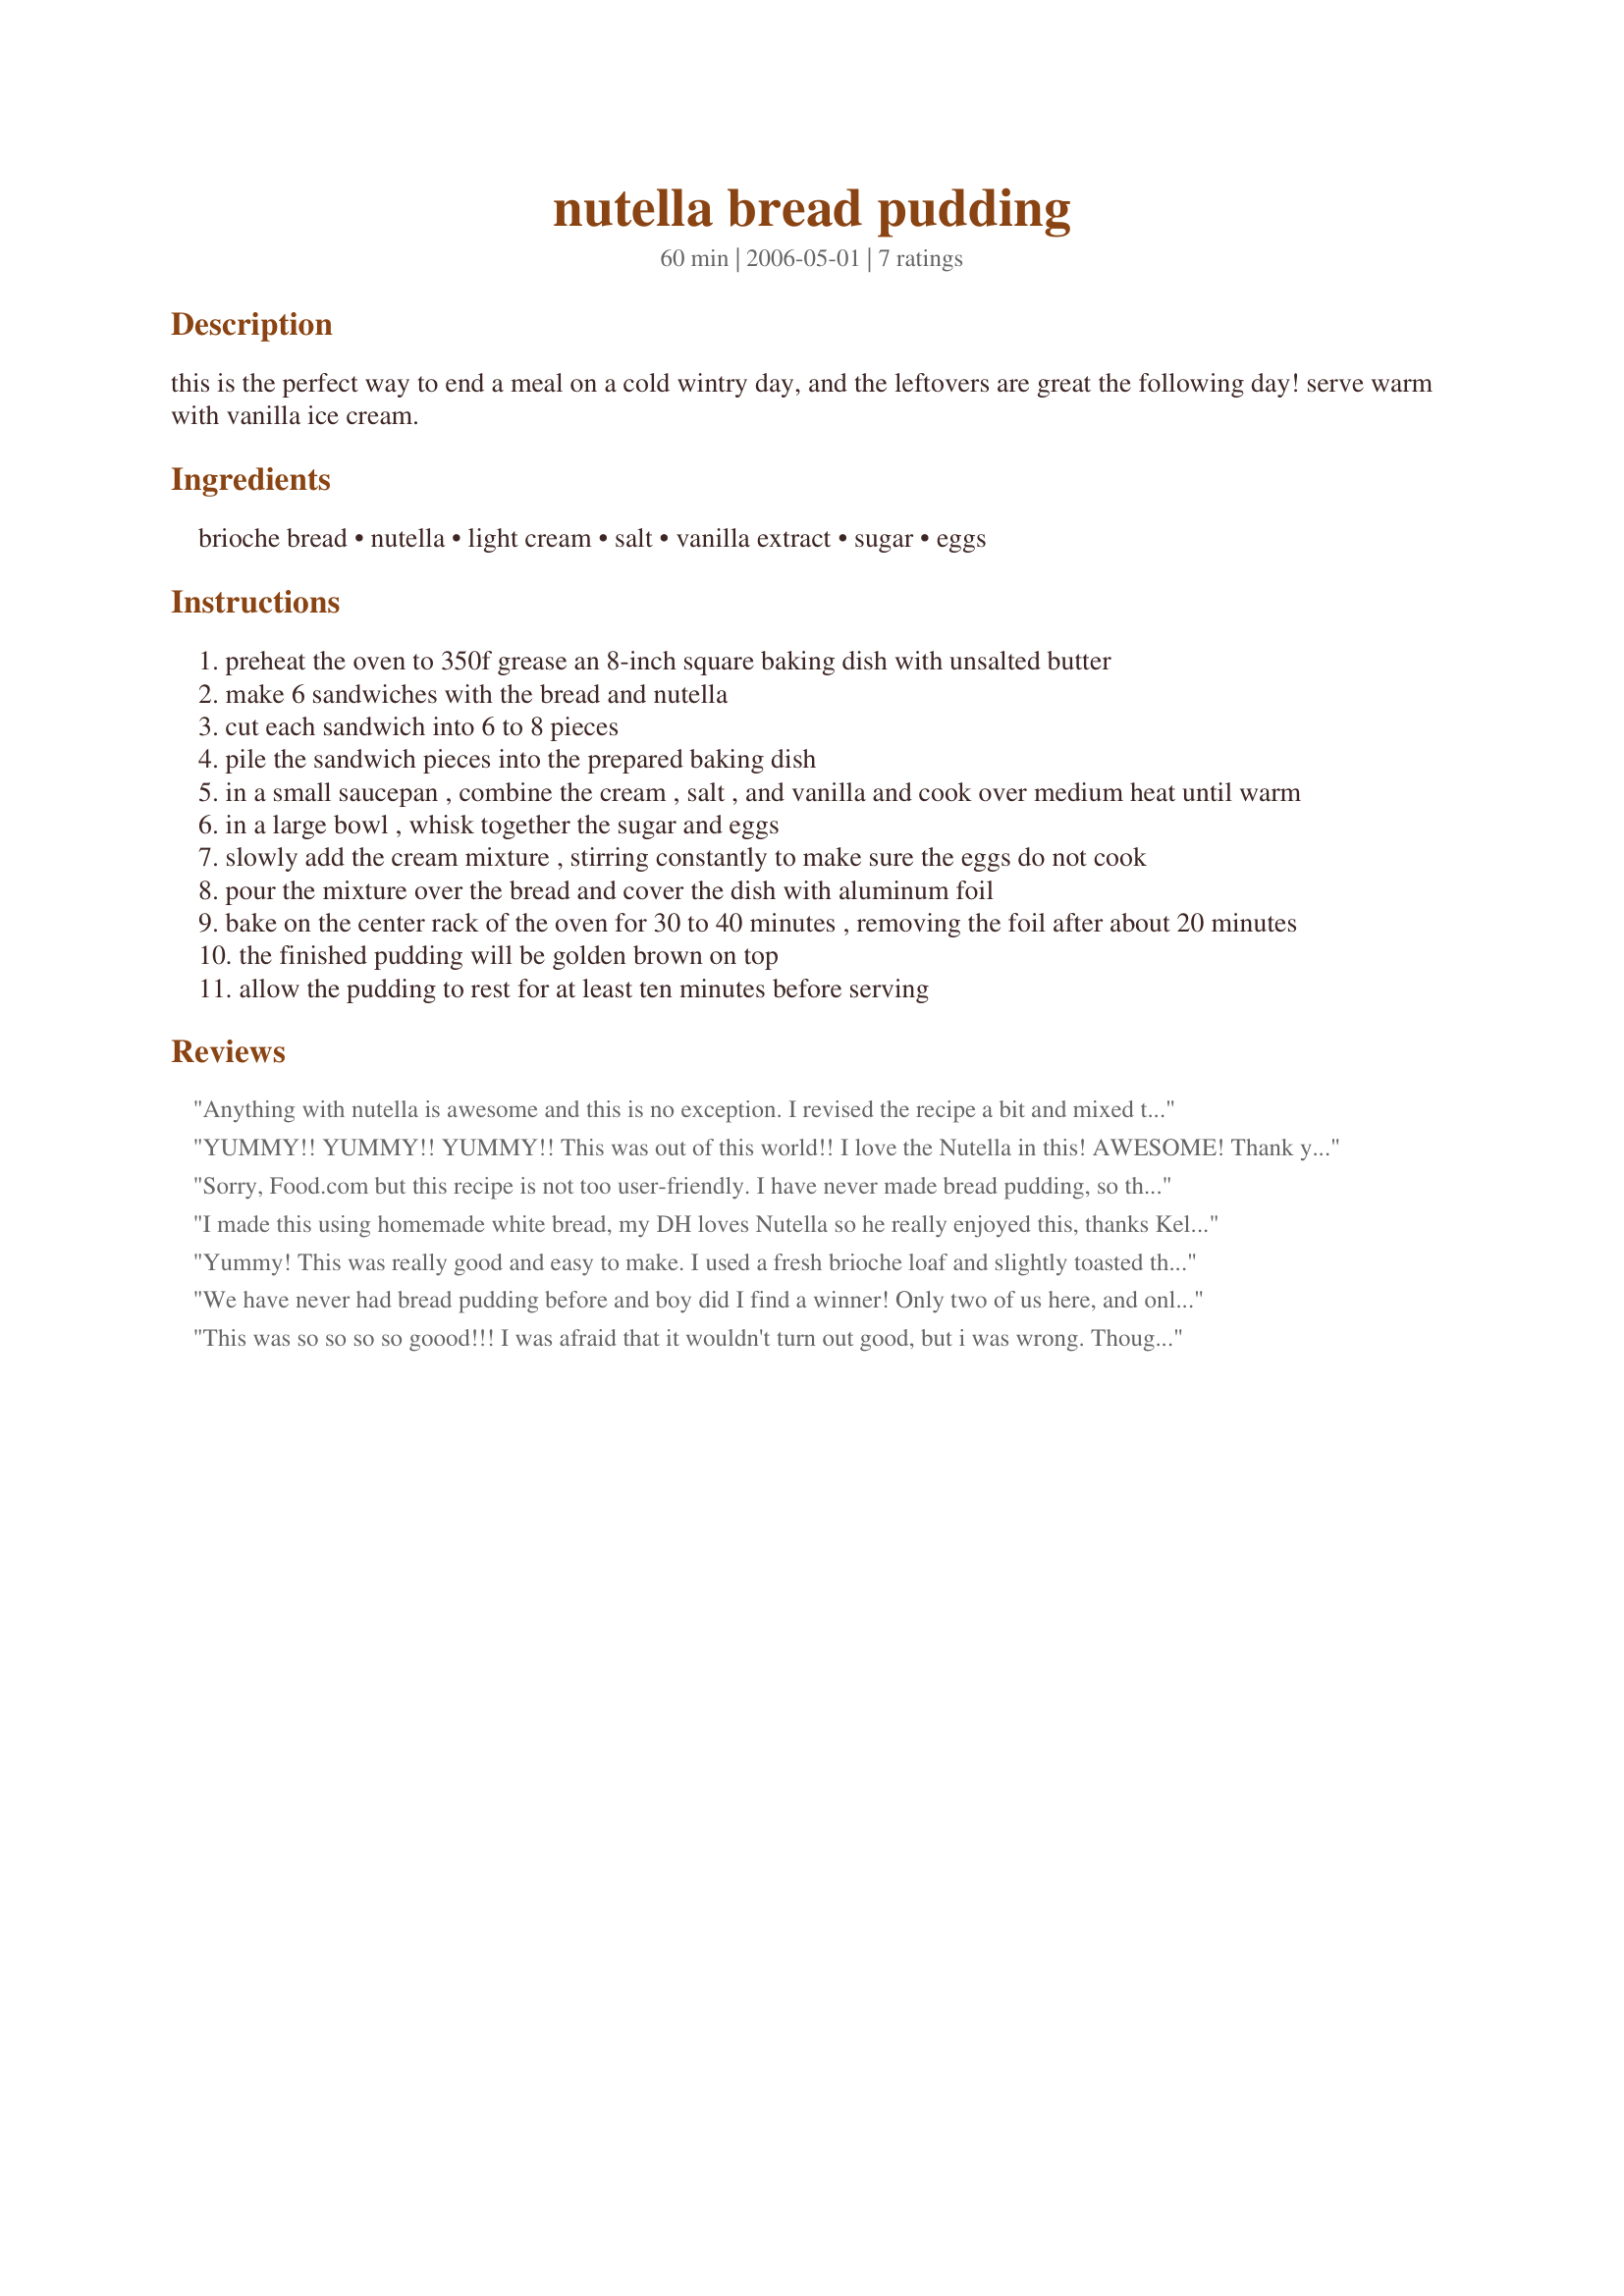
nutella bread pudding
Preparation time: 60 minutes

this is the perfect way to end a meal on a cold wintry day, and the leftovers are great the following day! serve warm with vanilla ice cream.

Ingredients:
brioche bread, nutella, light cream, salt, vanilla extract, sugar, eggs

Steps:
preheat the oven to 350f grease an 8-inch square baking dish with unsalted butter
make 6 sandwiches with the bread and nutella
cut each sandwich into 6 to 8 pieces
pile the sandwich pieces into the prepared baking dish
in a small saucepan , combine the cream , salt , and vanilla and cook over medium heat until warm
in a large bowl , whisk together the sugar and eggs
slowly add the cream mixture , stirring constantly to make sure the eggs do not cook
pour the mixture over the bread and cover the dish with aluminum foil
bake on the center rack of the oven for 30 to 40 minutes , removing the foil after about 20 minutes
the finished pudding will be golden brown on top
allow the pudding to rest for at least ten minutes before serving

Reviews:
Anything with nutella is awesome and this is no exception. I revised the recipe a bit and mixed the nutella in with the cream mixture instead of making sandwiches. I also used a method similar to the Good Eats bread pudding (http://www.foodnetwork.com/recipes/alton-brown/spiced-bread-pudding-recipe/index.html) using the French boule bread. This turned out really amazing!
YUMMY!! YUMMY!! YUMMY!! This was out of this world!! I love the Nutella in this! AWESOME! Thank you for sharing it!!
Sorry, Food.com but this recipe is not too user-friendly. I have never made bread pudding, so that may have been part of my problem, but the recipe leaves out some crucial info. I think of brioche and challah as large diameter breads. So, since I was using bastone (about a 3 inch wide oval) I had to figure out how to compensate for the size differences. Then, the recipe did not indicate the thickness of the slices, so I guessed at a 1/2&quot;-3/4&quot; or so. I was also trying to make a 1/2 recipe, so I had no guidance as to how deep the bread should be in the pan or how high the egg mixture should be - should it cover the pieces, just come half-way up, or be totally absorbed by the pieces? Well, I&#039;m still not sure. What I have just taken out of the oven is pretty dry on the top, very moist on the bottom and extremely sweet. I&#039;m going to try it with vanilla ice cream and see if that helps.
I made this using homemade white bread, my DH loves Nutella so he really enjoyed this, thanks Kel!...Kitten:)
Yummy! This was really good and easy to make. I used a fresh brioche loaf and slightly toasted the slices to ease spreading the nutella on top. Used 200ml double cream and 37ml semi-skimmed milk. Next time I will increase the liquid amount slightly. Made my pudding in glasses rather than in a dish; I had enough for 3 glasses. I think a nice twist on this would be to add banana or strawberry slices. I used half the recipe with 2 eggs as suggested in another review
We have never had bread pudding before and boy did I find a winner! Only two of us here, and only made half the recipe using two eggs turned out wonderful. Half the recipe made three generous servings. At first there was a problem now its solved..We arm wrestle for the third serving!! Thanks KelBel. This is a new family favorite.
This was so so so so goood!!! I was afraid that it wouldn't turn out good, but i was wrong. Though it was a bit dry cz my brioche bread was too thick, so next time i will be using more nutella. Other then that, it pleased a very picky crowd today :) Thank you Kel !
